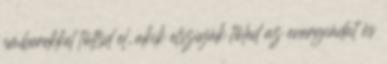
emberekkel töltsd el, akik elszívják tőled az energiádat és